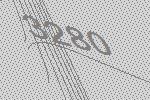
3280